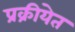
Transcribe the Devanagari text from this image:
प्रक्रीयेत